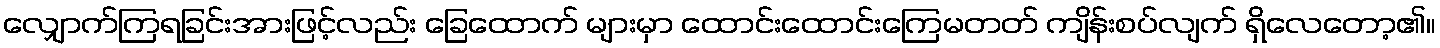
လျှောက်ကြရခြင်းအားဖြင့်လည်း ခြေထောက် များမှာ ထောင်းထောင်းကြေမတတ် ကျိန်းစပ်လျက် ရှိလေတော့၏။